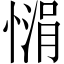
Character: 𪬙